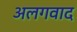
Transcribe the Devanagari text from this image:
अलगवाद